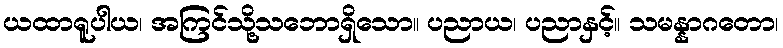
ယထာရူပါယ၊ အကြင်သို့သဘောရှိသော။ ပညာယ၊ ပညာနှင့်။ သမန္နာဂတော၊